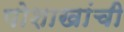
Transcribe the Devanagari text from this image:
पोशाखांची